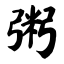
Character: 粥